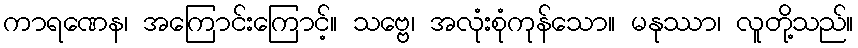
ကာရဏေန၊ အကြောင်းကြောင့်။ သဗ္ဗေ၊ အလုံးစုံကုန်သော။ မနုဿာ၊ လူတို့သည်။